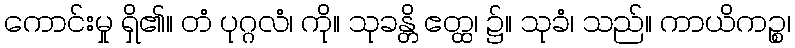
ကောင်းမှု ရှိ၏။ တံ ပုဂ္ဂလံ၊ ကို။ သုခန္တိ ဧတ္ထ၊ ၌။ သုခံ၊ သည်။ ကာယိကဉ္စ၊